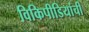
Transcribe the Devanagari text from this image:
विकिपीडियांची